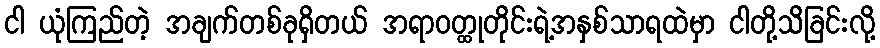
ငါ ယုံကြည်တဲ့ အချက်တစ်ခုရှိတယ် အရာဝတ္ထုတိုင်းရဲ့အနှစ်သာရထဲမှာ ငါတို့သိခြင်းလို့